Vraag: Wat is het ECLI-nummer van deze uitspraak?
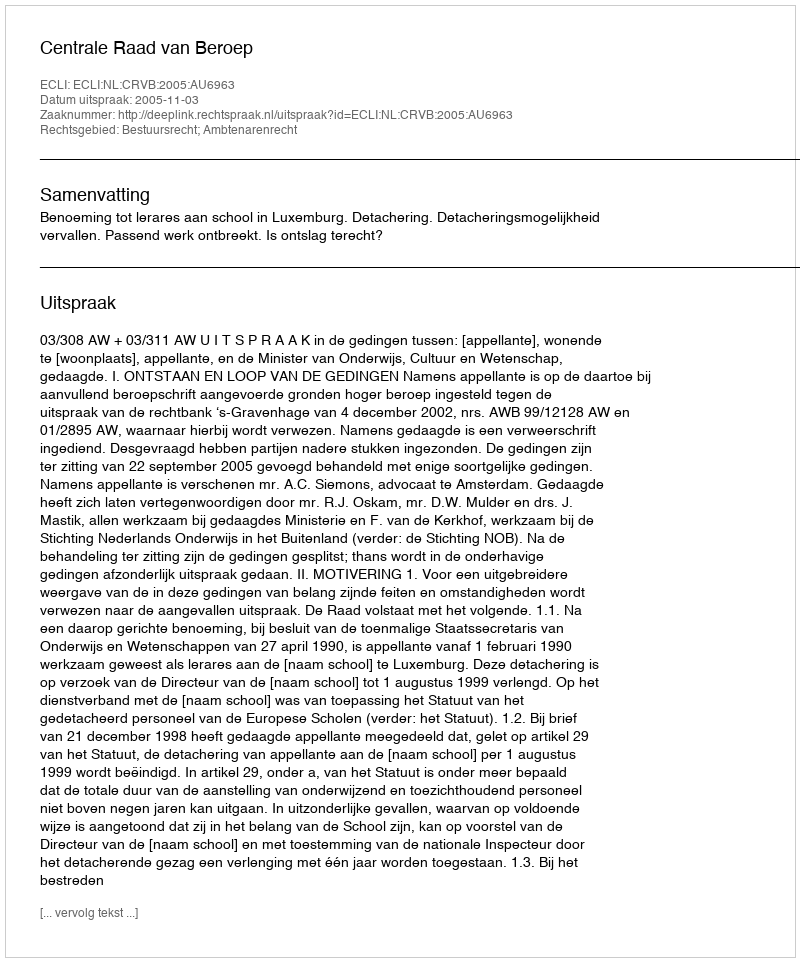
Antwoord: ECLI:NL:CRVB:2005:AU6963